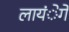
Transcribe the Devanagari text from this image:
लायंेगे